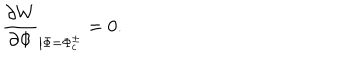
\frac { \partial W } { \partial \Phi } _ { \left| \Phi = \Phi _ { c } ^ { \pm } \right. } = 0 .